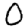
Digit: 0